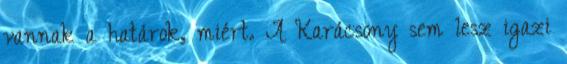
vannak a határok, miért. A Karácsony sem lesz igazi